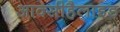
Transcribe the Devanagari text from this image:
आक्सीहैलाइड